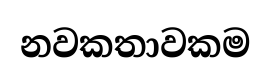
නවකතාවකම